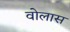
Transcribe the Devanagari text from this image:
वोलास